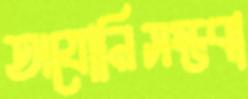
অযোনিসম্ভবা